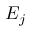
E _ { j }